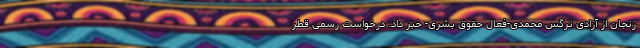
زنجان از آزادی نرگس محمدی-فعال حقوق بشری- خبر داد. درخواست رسمی قطر